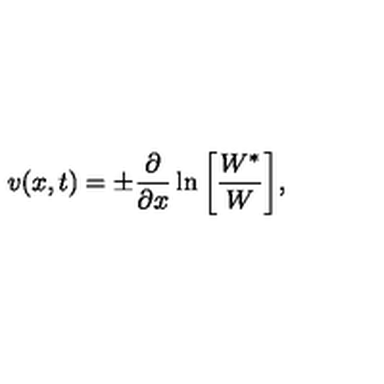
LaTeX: v ( x , t ) = \pm { \frac { \partial } { \partial x } } \ln \bigg [ { \frac { W ^ { * } } { W } } \bigg ] ,